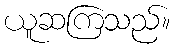
ယူဆကြသည်။